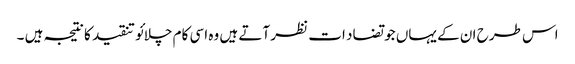
اس طرح ان کے یہاں جو تضاد ات نظر آتے ہیں وہ اسی کام چلائو تنقید کا نتیجہ ہیں ۔